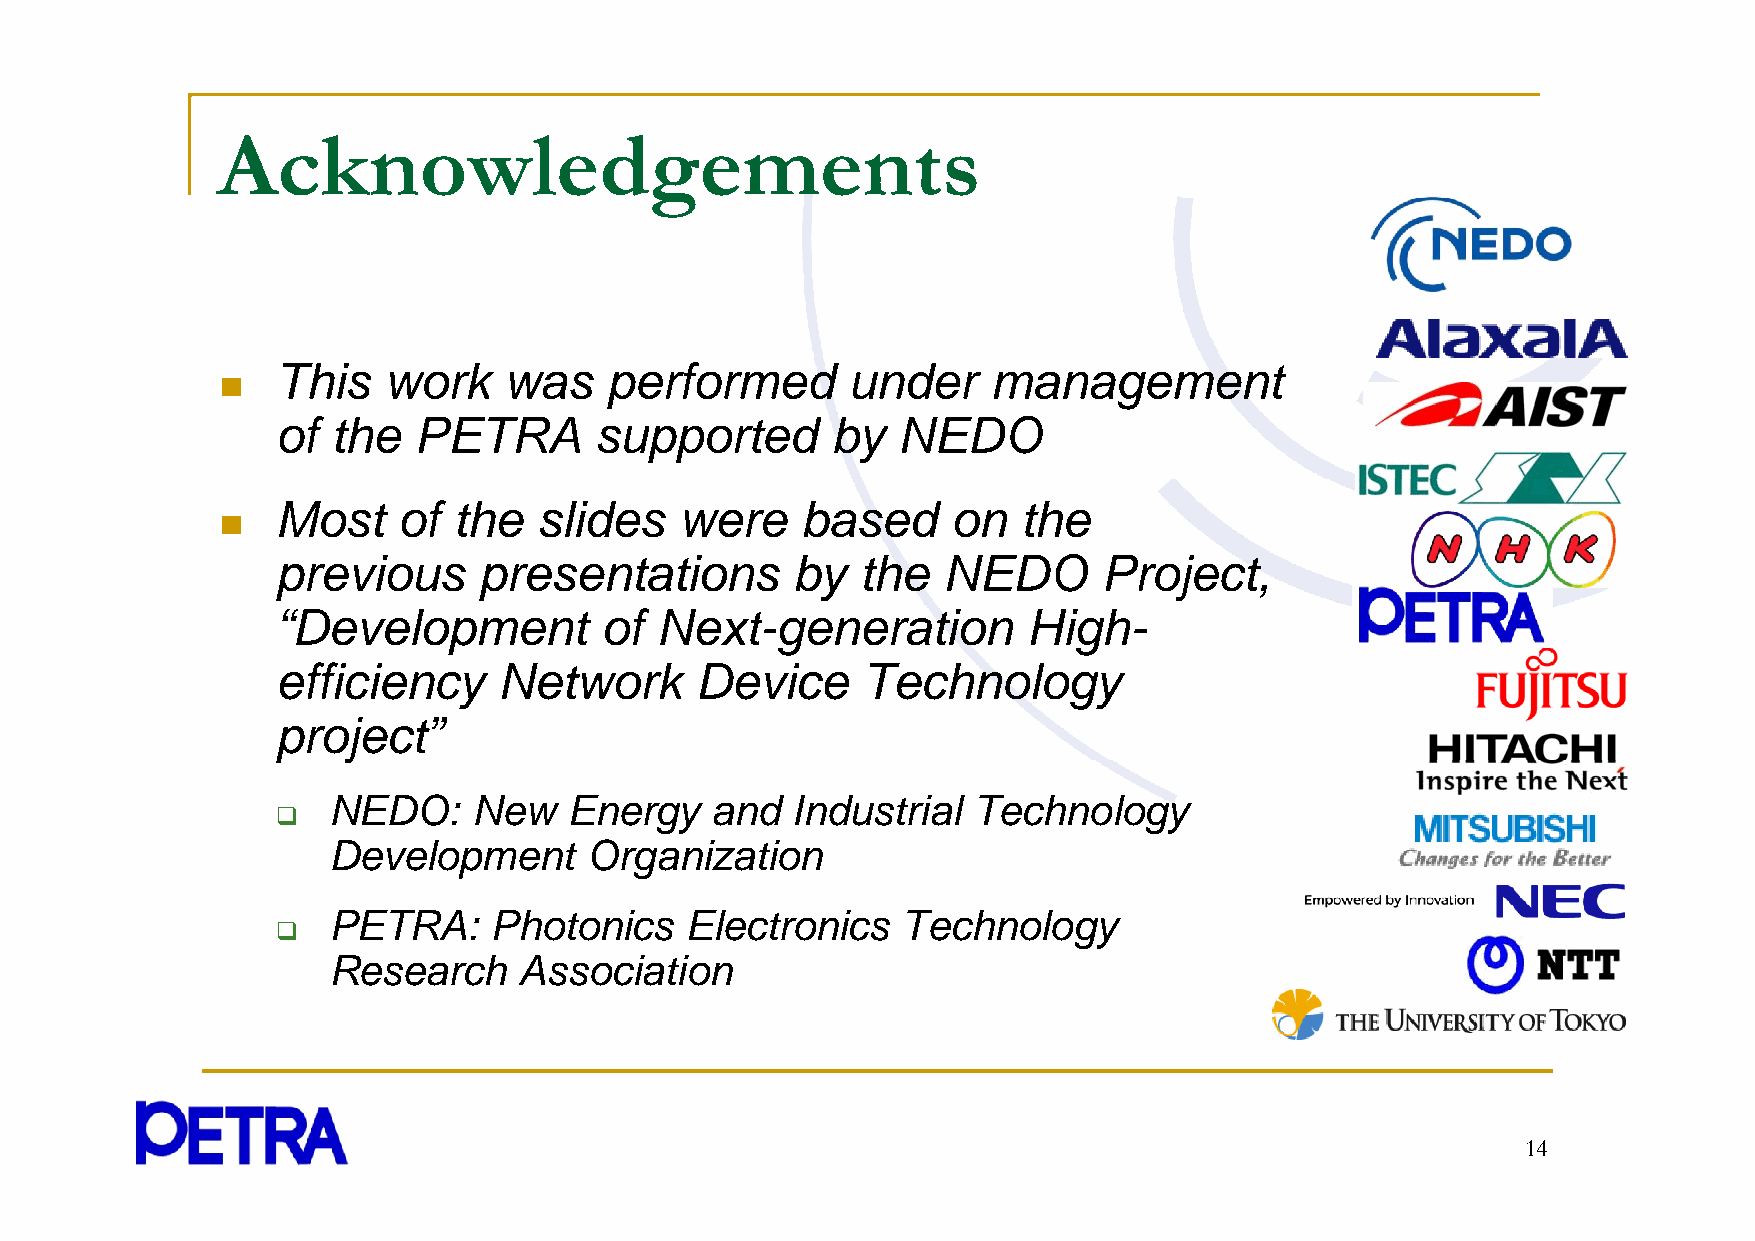
Acknowledggements
 This   work    was    performed       under     management
 
 of  the  PETRA       supported       by  NEDO
 Most    of  the   slides   were    based     on   the
 
 previous      presentations       by   the  NEDO       Project,
 ““DDeevveellooppmmeenntt ooff NNeexxtt-ggeenneerraattiioonn HHiigghh-
 efficiency     Network      Device     Technology
 pprojject”
 NEDO:    New    Energy   and  Industrial  Technology
 
 Development      Organization
 PETRA:     Photonics   Electronics    Technology
 
 Research    Association
 14